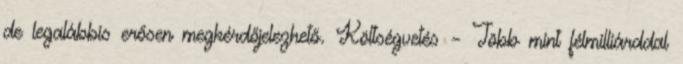
de legalábbis erősen megkérdőjelezhető. Költségvetés – Több mint félmilliárddal